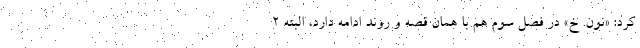
کرد: «نون. خ» در فصل سوم هم با همان قصه و روند ادامه دارد، البته ۲